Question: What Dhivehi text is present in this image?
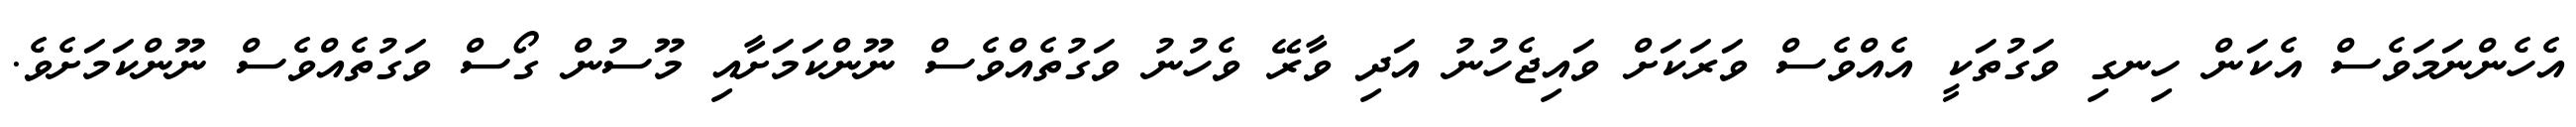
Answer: އެހެންނަމަވެސް އެކަން ހިނގި ވަގުތަކީ އެއްވެސް ވަރަކަށް ވައިޖެހުނު އަދި ވާރޭ ވެހުނު ވަގުތެއްވެސް ނޫންކަމަށާއި މޫސުން ގޯސް ވަގުތެއްވެސް ނޫންކަމަށެވެ.